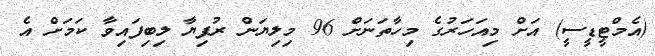
(އެމްޓީޑީސީ) އަށް މިއަހަރުގެ މިހާތަނަށް 96 މިލިޔަން ރުފިޔާ ލިބިފައިވާ ކަމަށް އެ